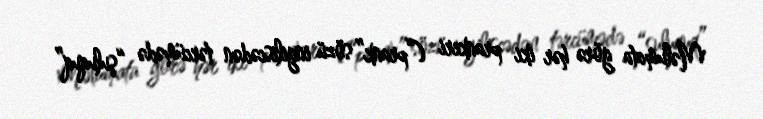
Məlumata görə hər iki prankeri (“prank” sözü ingiliscədən tərcümədə “şuluquq”